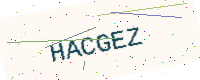
Text: HACGEZ